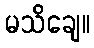
မသိချေ။